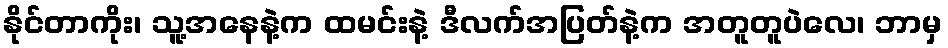
နိုင်တာကိုး၊ သူ့အနေနဲ့က ထမင်းနဲ့ ဒီလက်အပြတ်နဲ့က အတူတူပဲလေ၊ ဘာမှ